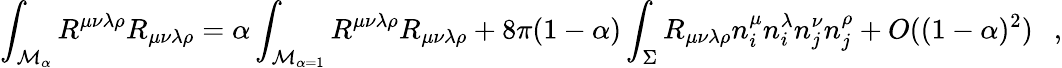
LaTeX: \int_{{\cal M}_{\alpha}}R^{\mu\nu\lambda\rho}R_{\mu\nu\lambda\rho}=\alpha\int_{{\cal M}_{\alpha=1}}R^{\mu\nu\lambda\rho}R_{\mu\nu\lambda\rho}+8\pi(1-\alpha)\int_{\Sigma}R_{\mu\nu\lambda\rho}n_{i}^{\mu}n_{i}^{\lambda}n_{j}^{\nu}n_{j}^{\rho}+O((1-\alpha)^{2})~~~,